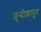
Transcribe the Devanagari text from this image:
जुन्दीशापुर